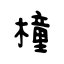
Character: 橦